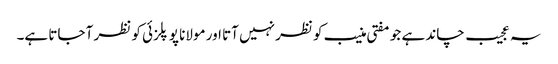
یہ عجیب چاند ہے جو مفتی منیب کو نظر نہیں آتا اور مولانا پوپلزئی کو نظر آ جاتا ہے۔